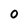
Character: 0